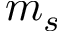
m _ { s }